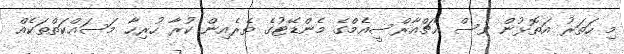
މި ހަތަރު އަތޮޅުން ވެސް އެޗްއާރްސީއެމްގެ މެންޑޭޓުގެ ތެރެއިން ކުރާ ހުރިހާ މަސައްކަތްތަކެއް